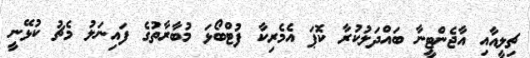
ޗިލީއާއި އާޖެންޓީނާ ބައްދަލުކުރާ ކޮޕަ އެމެރިކާ ފުޓްބޯޅަ މުބާރާތުގެ ފައިނަލު މެޗު ކުޅޭނީ